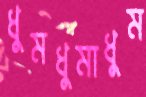
ধুমধুমাধুম